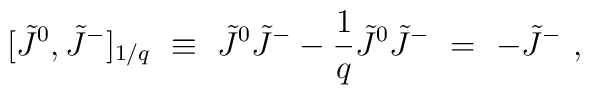
[\tilde J^0,\tilde J^-]_{1/q} \ \equiv\ \tilde J^0 \tilde J^- -\frac{1}{q}\tilde J^0\tilde J^-\ =\ -\tilde J^-\ ,